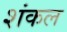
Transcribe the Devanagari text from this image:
शंकल